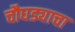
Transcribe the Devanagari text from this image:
चौघड्याचा